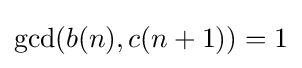
{\textstyle \gcd(b(n),c(n+1))=1}